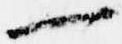
一